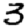
Digit: 3